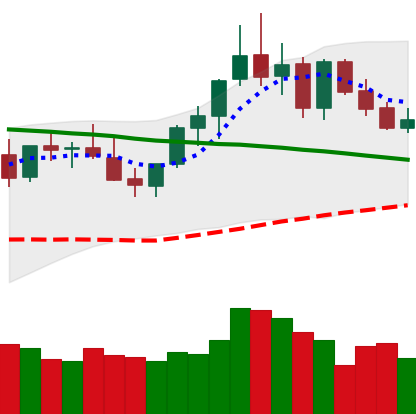
Ticker: XMR-USD
Chart end date: 2021-08-31
Forward return: 10.136%
Label: up_7plus